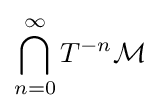
\bigcap _{n=0}^{\infty }T^{-n}{\mathcal {M}}